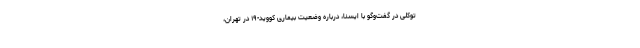
توکلی در گفت‌وگو با ایسنا، درباره وضعیت بیماری کووید-۱۹ در تهران،